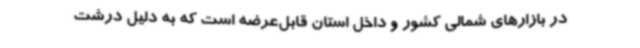
در بازارهای شمالی کشور و داخل استان قابل‌عرضه است که به دلیل درشت